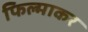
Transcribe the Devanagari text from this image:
फिल्माकर